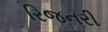
રિજનરી